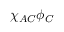
\chi _ { A C } \phi _ { C }